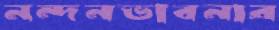
নন্দনভাবনার